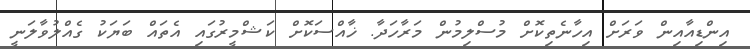
އިންޑިއާއިން ވަރަށް އިހާނެތިކޮށް މުސްލިމުން މަރާހަދާ. ޚާއްސަކޮށް ކަޝްމީރުގައި އެތައް ބަޔަކު ގެއްލުވާލަނީ